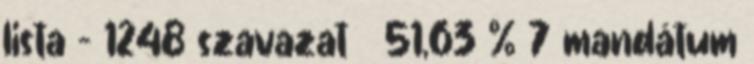
lista – 1248 szavazat 51,63 % 7 mandátum